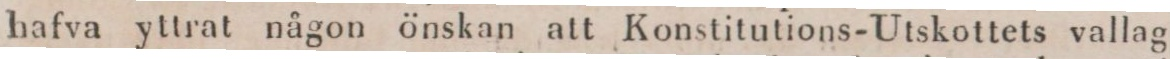
hafva yttrat någon önskan att Konstitutions-Utskottets vallag